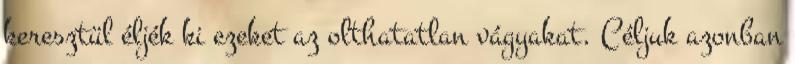
keresztül éljék ki ezeket az olthatatlan vágyakat. Céljuk azonban